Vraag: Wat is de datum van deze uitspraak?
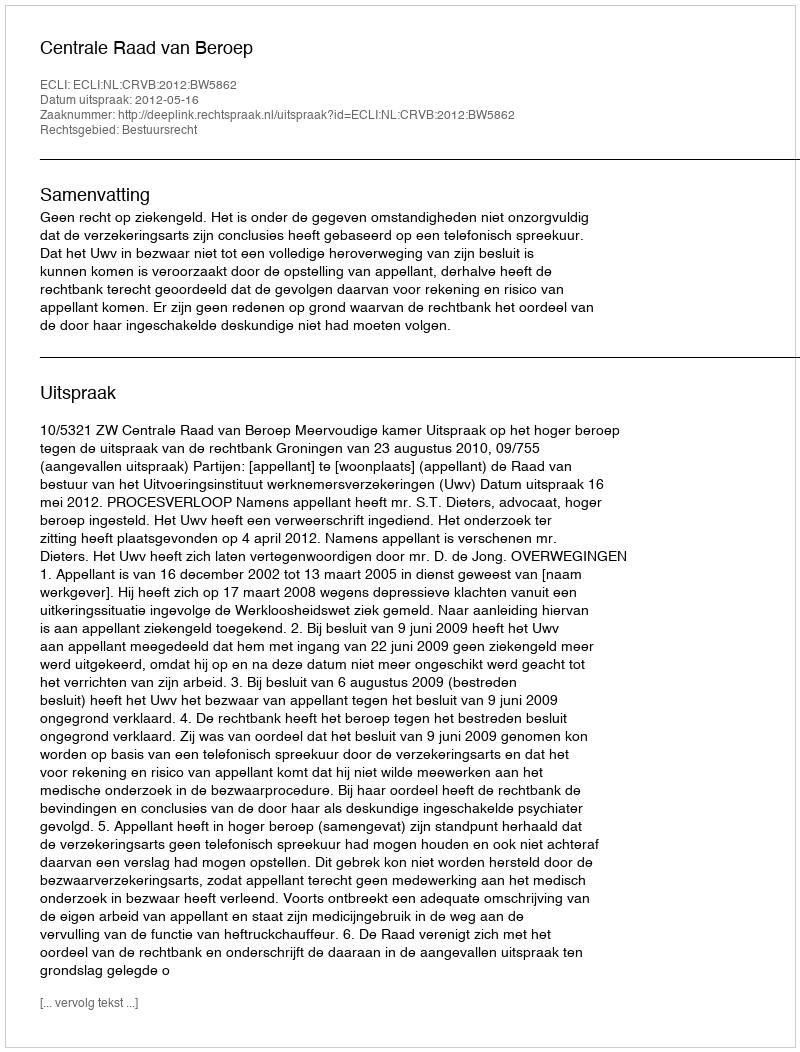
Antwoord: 2012-05-16